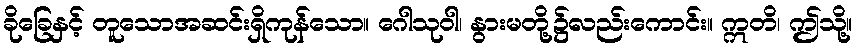
ခိုခြေနှင့် တူသောအဆင်းရှိကုန်သော။ ဂေါသုဝါ၊ နွားမတို့၌လည်းကောင်း။ ဣတိ၊ ဤသို့။